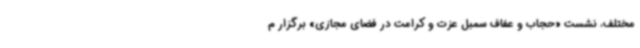
مختلف، نشست «حجاب و عفاف سمبل عزت و کرامت در فضای مجازی» برگزار م